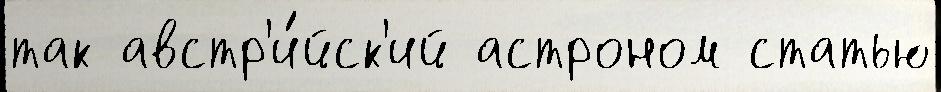
так австр'и́йск'ий астроном статью